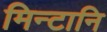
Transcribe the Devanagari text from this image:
मिन्टानि